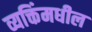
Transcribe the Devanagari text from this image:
व्यक्तिंमधील